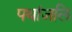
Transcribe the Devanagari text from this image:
पथांजलि